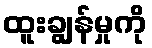
ထူးချွန်မှုကို